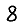
Digit: 8